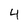
Character: 4